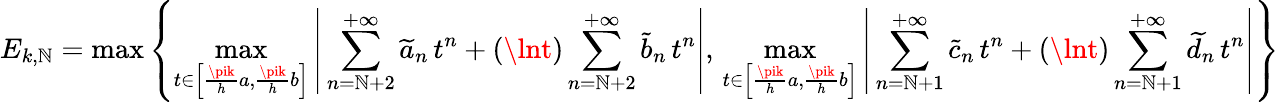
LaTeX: E_{k,\mathbb{N}}=\operatorname*{max}\left\{ \operatorname*{max}_{t\in\left[\frac{{\pik}}{{h}}a,\frac{{\pik}}{{h}}b\right]}\left|\, \sum_{n=\mathbb{N}+2}^{+\infty}\widetilde{a}_{n}\, t^{n}+(\lnt)\sum_{n=\mathbb{N}+2}^{+\infty}\widetilde{b}_{n}\, t^{n}\right|,\, \operatorname*{max}_{t\in\left[\frac{{\pik}}{{h}}a,\frac{{\pik}}{{h}}b\right]}\left|\, \sum_{n=\mathbb{N}+1}^{+\infty}\widetilde{c}_{n}\, t^{n}+(\lnt)\sum_{n=\mathbb{N}+1}^{+\infty}\widetilde{d}_{n}\, t^{n}\right|\right\}